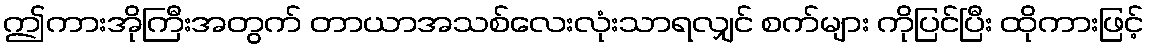
ဤကားအိုကြီးအတွက် တာယာအသစ်လေးလုံးသာရလျှင် စက်များ ကိုပြင်ပြီး ထိုကားဖြင့်